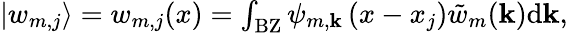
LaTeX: \begin{array}{r}{\left|w_{m,j}\right\rangle=w_{m,j}(x)=\int_{\mathrm{BZ}}\psi_{m,\textbf{k}}\left(x-x_{j}\right)\tilde{w}_{m}(\textbf{k})\mathrm{d}\textbf{k},}\end{array}